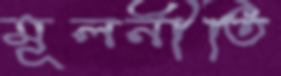
মূলনীতি